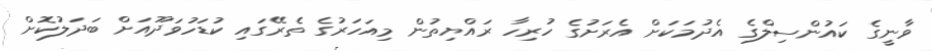
ވާނީގެ ކައުންސިލްގެ އެދުމަކަށް އެރަށުގެ ހުރިހާ ރައްޔިތުން މިއަހަރުގެ ތެރޭގައި ކުޑަހުވަދޫއަށް ބަދަލުކޮށް